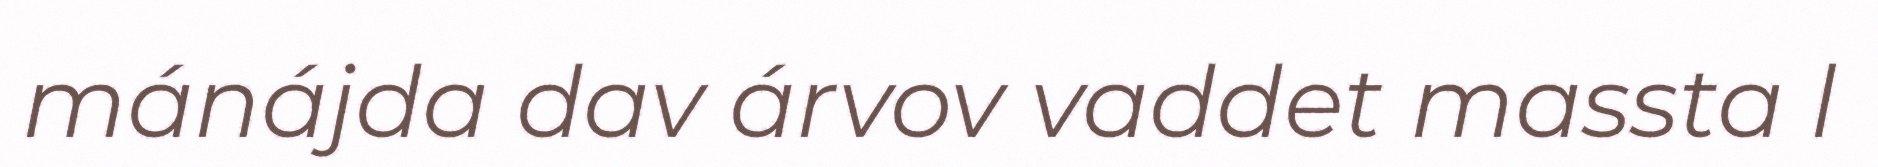
mánájda dav árvov vaddet massta l